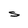
Character: S